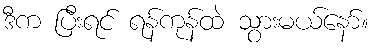
ဒီက ပြီးရင် ရန်ကုန်ထဲ သွားမယ်နော်။